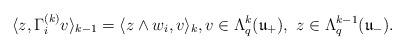
LaTeX: \begin{align*}\langle z,\Gamma_{i}^{(k)}v\rangle_{k-1}=\langle z\wedge w_{i},v\rangle_{k},v\in\Lambda_{q}^{k}(\mathfrak{u}_{+}),\ z\in\Lambda_{q}^{k-1}(\mathfrak{u}_{-}).\end{align*}